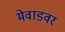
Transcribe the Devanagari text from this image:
मेवाडवर